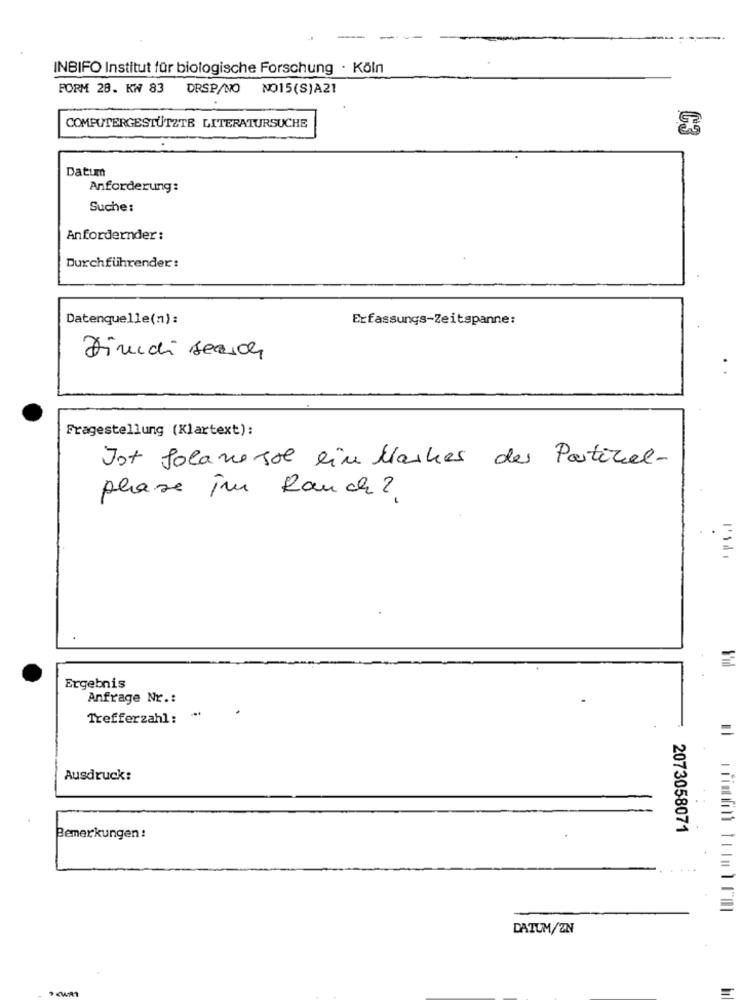
INBIFO Institut für biologische Forschung · Köln
FORM 28. KW 83 DRSP/NO NO15(S)A21
COMPUTERGESTÜTZTE LITERATURSUCHE
Datum
Anforderung:
Suche:
Anfordernder :
Durchführender:
Datenquelle(m):
Erfassungs-Zeitspanne:
Dimedi search
Fragestellung (Klartext):
Ist Solanesse ein Marker des Partikel-
phase im Rauch?
Ergebnis
Anfrage Nr .:
Trefferzahl:
Ausdruck:
2073058071
Bemerkungen :
DATUM/ZN